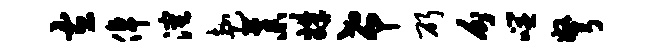
左倬沈赴藁姝希斫分噬弩